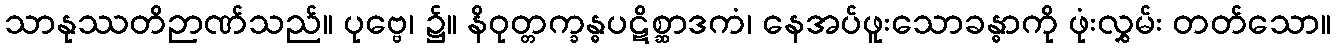
သာနုဿတိဉာဏ်သည်။ ပုဗ္ဗေ၊ ၌။ နိဝုတ္တက္ခန္ဓပဋိစ္ဆာဒကံ၊ နေအပ်ဖူးသောခန္ဓာကို ဖုံးလွှမ်း တတ်သော။